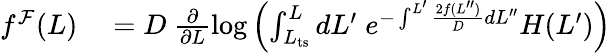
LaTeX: \begin{array}{rl}{f^{\mathcal{F}}(L)}&{{}=D\ \frac{\partial}{\partial L}\log\left(\int_{L_{\mathrm{ts}}}^{L}dL^{\prime}\; e^{-\int^{L^{\prime}}\frac{2f(L^{\prime\prime})}{D}dL^{\prime\prime}}H(L^{\prime})\right)}\end{array}